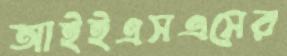
আইইএসএসের